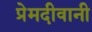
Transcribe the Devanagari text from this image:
प्रेमदीवानी